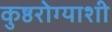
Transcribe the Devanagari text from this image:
कुष्ठरोग्याशी